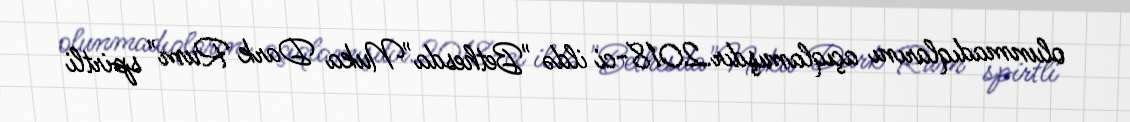
olunmadıqlarını açıqlamışdır.2018-ci ildə "Bethesda"Nuka Dark Rum" spirtli